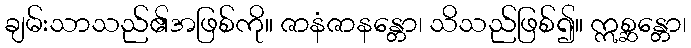
ချမ်းသာသည်၏အဖြစ်ကို။ ဇာနံဇာနန္တော၊ သိသည်ဖြစ်၍။ ဣစ္ဆန္တော၊